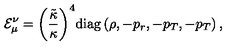
{ { \mathcal { E } } _ { \mu } ^ { \nu } } = { { \left( { \frac { \tilde { \kappa } } { \kappa } } \right) } ^ { 4 } } \mathrm { d i a g } \left( \rho , - { p _ { r } } , - { p _ { T } } , - { p _ { T } } \right) ,